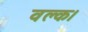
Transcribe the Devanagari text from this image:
वल्क।